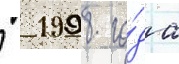
  1998 го́да